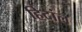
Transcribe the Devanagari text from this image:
हिदांल